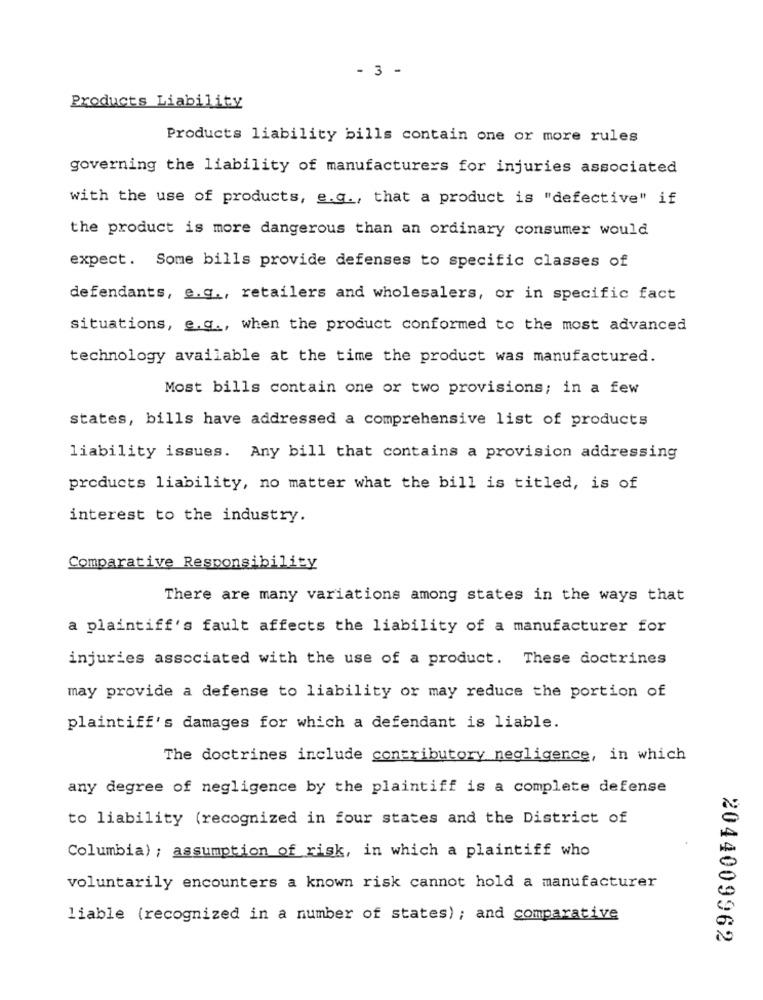
- 3 -
Products Liability
Products liability bills contain one or more rules
governing the liability of manufacturers for injuries associated
with the use of products, e.g ., that a product is "defective" if
the product is more dangerous than an ordinary consumer would
expect. Some bills provide defenses to specific classes of
defendants, e.g ., retailers and wholesalers, or in specific fact
situations, e.g ., when the product conformed to the most advanced
technology available at the time the product was manufactured.
Most bills contain one or two provisions; in a few
states, bills have addressed a comprehensive list of products
liability issues. Any bill that contains a provision addressing
products liability, no matter what the bill is titled, is of
interest to the industry.
Comparative Responsibility
There are many variations among states in the ways that
a plaintiff's fault affects the liability of a manufacturer for
injuries associated with the use of a product. These doctrines
may provide a defense to liability or may reduce the portion of
plaintiff's damages for which a defendant is liable.
The doctrines include contributory negligence, in which
any degree of negligence by the plaintiff is a complete defense
to liability (recognized in four states and the District of
Columbia); assumption of risk, in which a plaintiff who
voluntarily encounters a known risk cannot hold a manufacturer
liable (recognized in a number of states) ; and comparative
2044009962